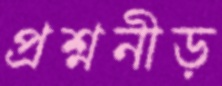
প্রশ্ননীড়